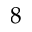
8